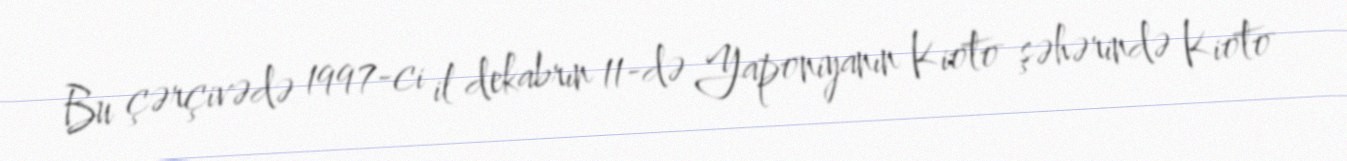
Bu çərçivədə 1997-ci il dekabrın 11-də Yaponiyanın Kioto şəhərində Kioto